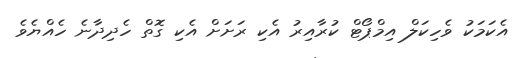
އެކަމަކު ވެހިކަލް އިމްޕޯޓް ކުރާއިރު އެކި ރަށަށް އެކި ގޮތް ހެދިދާނެ ހެއްޔެވެ